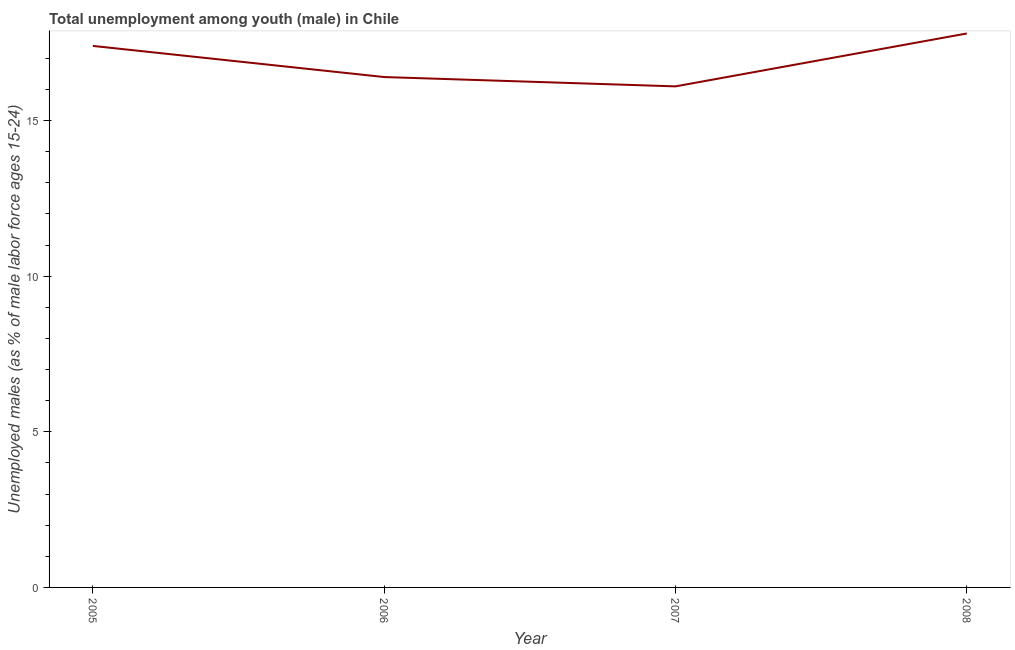
| Year | Unemployment |
 | --- | --- |
 | 2005 | 17.4 |
 | 2006 | 16.4 |
 | 2007 | 16.1 |
 | 2008 | 17.8 |